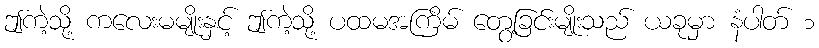
ဤကဲ့သို့ ကလေးမမျိုးနှင့် ဤကဲ့သို့ ပထမအကြိမ် တွေ့ခြင်းမျိုးသည် ယခုမှာ နံပါတ် ၁